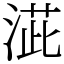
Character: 𣸆